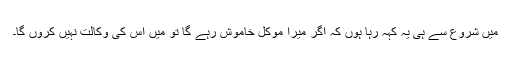
میں شروع سے ہی یہ کہہ رہا ہوں کہ اگر میرا موکل خاموش رہے گا تو میں اس کی وکالت نہیں کروں گا۔